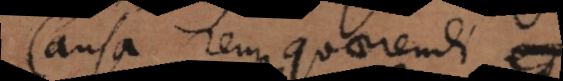
Causa rem quaerendi